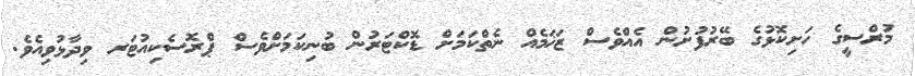
މުރްސީގެ ހަށިކޮޅުގެ ބޭރުފުށުން އެއްވެސް ޒަޚަމެއް ނެތްކަމަށް ޑޮކްޓަރުން ބުނިކަމަށްވެސް ޕްރޮސެކިއުޓަރ ވިދާޅުވިއެވެ.